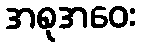
အစုအဝေး